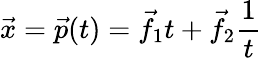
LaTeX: {\vec{x}}={\vec{p}}(t)={\vec{f}}_{1}t+{\vec{f}}_{2}{\frac{1}{t}}